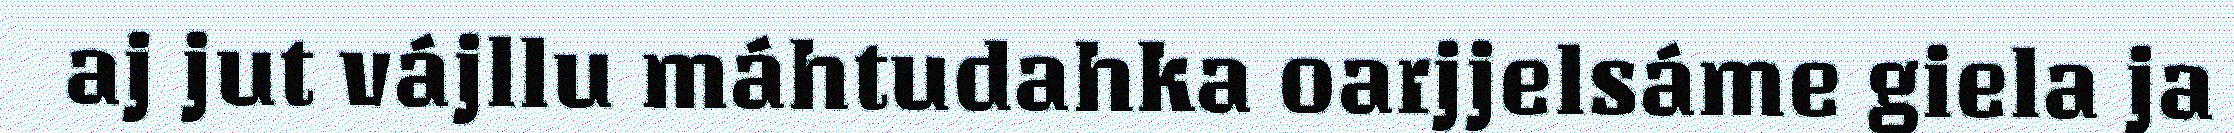
aj jut vájllu máhtudahka oarjjelsáme giela ja